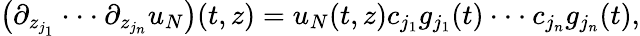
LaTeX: \begin{array}{r}{\left(\partial_{z_{j_{1}}}\cdot\cdot\cdot\partial_{z_{j_{n}}}u_{N}\right)(t,z)=u_{N}(t,z)c_{j_{1}}g_{j_{1}}(t)\cdot\cdot\cdot c_{j_{n}}g_{j_{n}}(t),}\end{array}